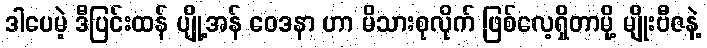
ဒါပေမဲ့ ဒီပြင်းထန် ပျို့အန် ဝေဒနာ ဟာ မိသားစုလိုက် ဖြစ်လေ့ရှိတာမို့ မျိုးဗီဇနဲ့